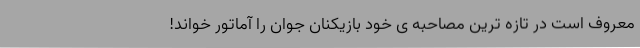
معروف است در تازه ترین مصاحبه ی خود بازیکنان جوان را آماتور خواند!